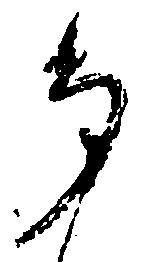
多